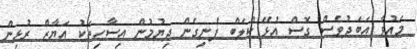
މައުވާ އަބަދުވެސް ގޮސް އުޅޭ ކްލަބް ފެނިގެން ދިޔުމުން އިސާހިތަކު އަޔާޒް ރުޅިން